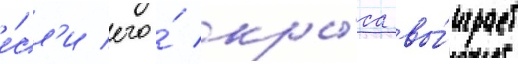
е́сл'и его́ кры́са вы́играет